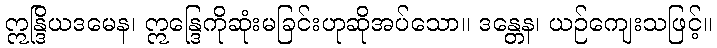
ဣန္ဒြိယဒမေန၊ ဣန္ဒြေကိုဆုံးမခြင်းဟုဆိုအပ်သော။ ဒန္တေန၊ ယဉ်ကျေးသဖြင့်။